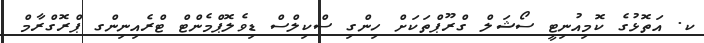
ކ. އަތޮޅުގެ ކޮމިއުނިޓީ ސޯޝަލް ގްރޫޕްތަކަށް ހިންގި ސްކިލްސް ޑިވެލޮޕްމެންޓް ޓްރެއިނިންގ ޕްރޮގްރާމް